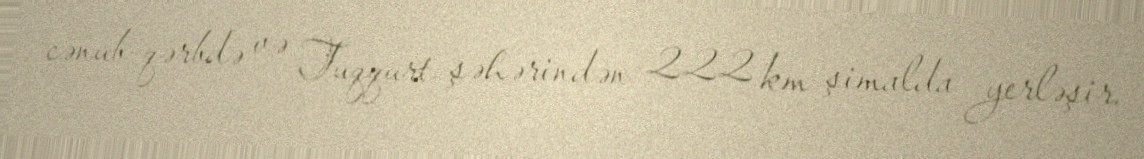
cənub-qərbdə və Tuqqurt şəhərindən 222 km şimalda yerləşir.